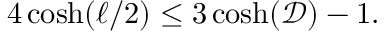
4 \cosh ( \ell / 2 ) \leq 3 \cosh ( \mathscr { D } ) - 1 .